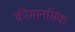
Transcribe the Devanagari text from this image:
कीमानसिक